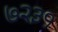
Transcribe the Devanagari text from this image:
७२३१